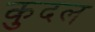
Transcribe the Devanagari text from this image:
कुदल